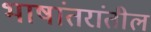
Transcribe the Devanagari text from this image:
भाषांतरांतील